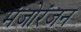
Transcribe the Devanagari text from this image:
मंजोरंजन